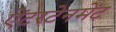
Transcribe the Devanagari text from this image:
ऐंटरटेनमेंट